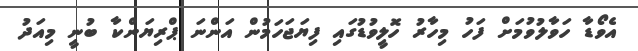
އެވޯޑާ ހަވާލުވުމަށް ފަހު މިހާރު ހޮލީވުޑުގައި ފިޔަޖަހަމުން އަންނަ ޕްރިޔަންކާ ބުނީ މިއަދު